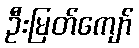
ဦးမြတ်ကျော်